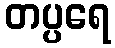
တပ္ပရေ